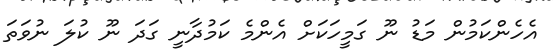
އެހެންކަމުން މަޑު ނޫ ގަމީހަކަށް އެންމެ ކަމުދާނީ ގަދަ ނޫ ކުލަ ނުވަތަ